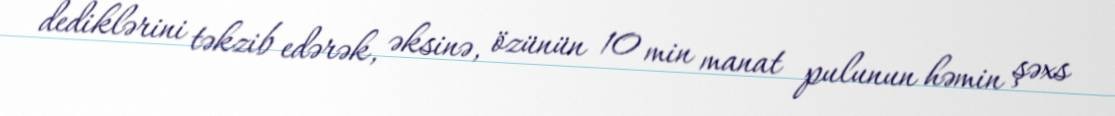
dediklərini təkzib edərək, əksinə, özünün 10 min manat pulunun həmin şəxs